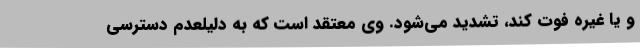
و یا غیره فوت کند، تشدید می‌شود. وی معتقد است که به دلیلعدم دسترسی